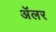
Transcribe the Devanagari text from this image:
ॲलर